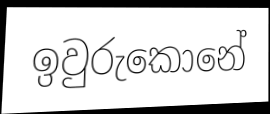
ඉවුරුකොනේ